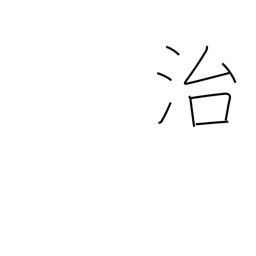
Meaning: be at peace